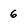
Character: 6